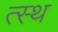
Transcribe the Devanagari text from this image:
त्स्थ